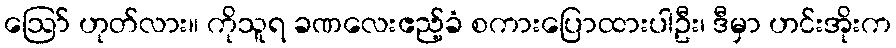
ဪ ဟုတ်လား။ ကိုသူရ ခဏလေးဧည့်ခံ စကားပြောထားပါဦး၊ ဒီမှာ ဟင်းအိုးက